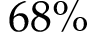
6 8 \%